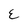
Character: E